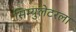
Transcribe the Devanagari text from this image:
सिम्युलेटरला